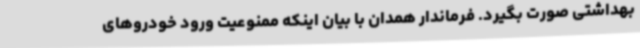
بهداشتی صورت بگیرد. فرماندار همدان با بیان اینکه ممنوعیت ورود خودروهای